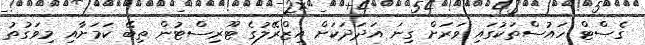
ގެސްޓް ހައުސްތަކުގައި ވަރަށް ގިނަ އަދަދަކަށް އިޒްރޭލުގެ ޓޫރިސްޓުން ތިބޭ ކަމަށާއި މިވަގުތު